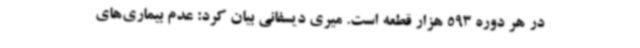
در هر دوره 593 هزار قطعه است. میری دیسفانی بیان‌ کرد: عدم بیماری‌های